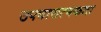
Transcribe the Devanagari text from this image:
उपचारात्मकता